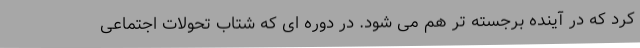
کرد که در آینده برجسته تر هم می شود. در دوره ای که شتاب تحولات اجتماعی